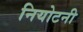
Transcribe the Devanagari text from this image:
नियोटनी